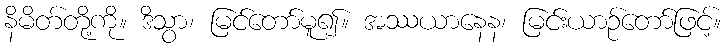
နိမိတ်တို့ကို။ ဒိသွာ၊ မြင်တော်မူ၍။ အဿယာနေန၊ မြင်းယာဉ်တော်ဖြင့်။